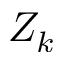
Z _ { k }